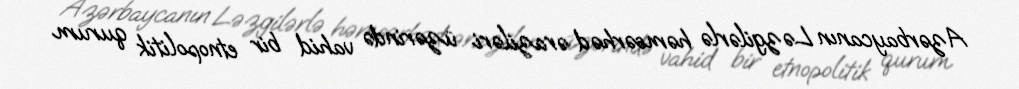
Azərbaycanın Ləzgilərlə həmsərhəd əraziləri üzərində vahid bir etnopolitik qurum